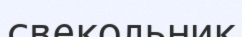
свекольник